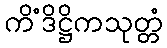
ကိံဒိဋ္ဌိကသုတ္တံ